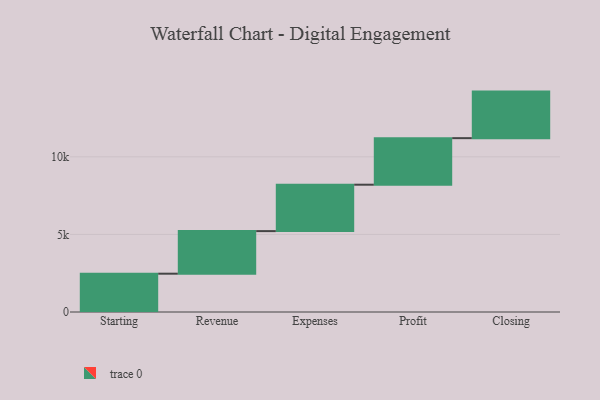
{"axis": {"x": "Step", "y": "Value"}, "legend": [""], "data": [{"x": "Starting", "y": 2469.0, "type": ""}, {"x": "Revenue", "y": 2744.0, "type": ""}, {"x": "Expenses", "y": 2991.0, "type": ""}, {"x": "Profit", "y": 3000, "type": ""}, {"x": "Closing", "y": 3000, "type": ""}]}